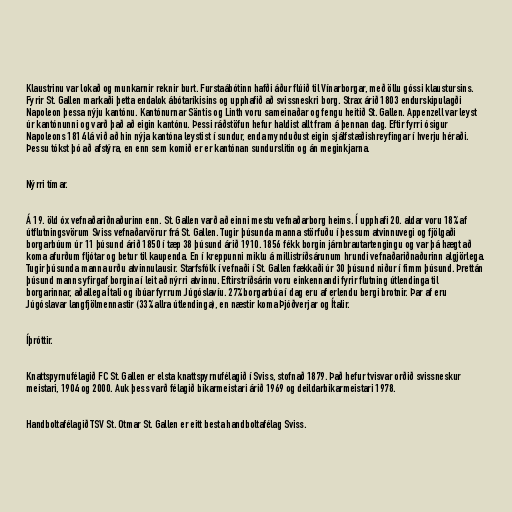
Klaustrinu var lokað og munkarnir reknir burt. Furstaábótinn hafði áður flúið til Vínarborgar, með öllu góssi klaustursins.
Fyrir St. Gallen markaði þetta endalok ábótaríkisins og upphafið að svissneskri borg. Strax árið 1803 endurskipulagði
Napoleon þessa nýju kantónu. Kantónurnar Säntis og Linth voru sameinaðar og fengu heitið St. Gallen. Appenzell var leyst
úr kantónunni og varð það að eigin kantónu. Þessi ráðstöfun hefur haldist allt fram á þennan dag. Eftir fyrri ósigur
Napoleons 1814 lá við að hin nýja kantóna leystist í sundur, enda mynduðust eigin sjálfstæðishreyfingar í hverju héraði.
Þessu tókst þó að afstýra, en enn sem komið er er kantónan sundurslitin og án meginkjarna.

Nýrri tímar.

Á 19. öld óx vefnaðariðnaðurinn enn. St. Gallen varð að einni mestu vefnaðarborg heims. Í upphafi 20. aldar voru 18% af
útflutningsvörum Sviss vefnaðarvörur frá St. Gallen. Tugir þúsunda manna störfuðu í þessum atvinnuvegi og fjölgaði
borgarbúum úr 11 þúsund árið 1850 í tæp 38 þúsund árið 1910. 1856 fékk borgin járnbrautartengingu og var þá hægt að
koma afurðum fljótar og betur til kaupenda. En í kreppunni miklu á millistríðsárunum hrundi vefnaðariðnaðurinn algjörlega.
Tugir þúsunda manna urðu atvinnulausir. Starfsfólk í vefnaði í St. Gallen fækkaði úr 30 þúsund niður í fimm þúsund. Þrettán
þúsund manns yfirgaf borgina í leit að nýrri atvinnu. Eftirstríðsárin voru einkennandi fyrir flutning útlendinga til
borgarinnar, aðallega Ítali og íbúar fyrrum Júgóslavíu. 27% borgarbúa í dag eru af erlendu bergi brotnir. Þar af eru
Júgóslavar langfjölmennastir (33% allra útlendinga), en næstir koma Þjóðverjar og Ítalir.

Íþróttir.

Knattspyrnufélagið FC St. Gallen er elsta knattspyrnufélagið í Sviss, stofnað 1879. Það hefur tvisvar orðið svissneskur
meistari, 1904 og 2000. Auk þess varð félagið bikarmeistari árið 1969 og deildarbikarmeistari 1978.

Handboltafélagið TSV St. Otmar St. Gallen er eitt besta handboltafélag Sviss.